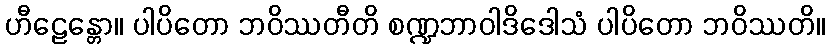
ဟီဠေန္တော။ ပါပိတော ဘဝိဿတီတိ စဏ္ဍဘာဝါဒိဒေါသံ ပါပိတော ဘဝိဿတိ။